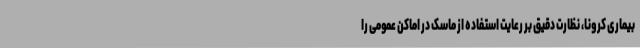
بیماری کرونا، نظارت دقیق بر رعایت استفاده از ماسک در اماکن عمومی را